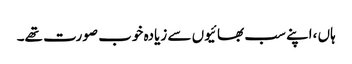
ہاں ،اپنے سب بھائیوں سے زیادہ خوب صورت تھے۔